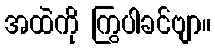
အထဲကို ကြွပါခင်ဗျာ။